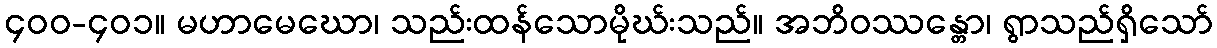
၄၀၀-၄၀၁။ မဟာမေဃော၊ သည်းထန်သောမိုဃ်းသည်။ အဘိဝဿန္တော၊ ရွာသည်ရှိသော်